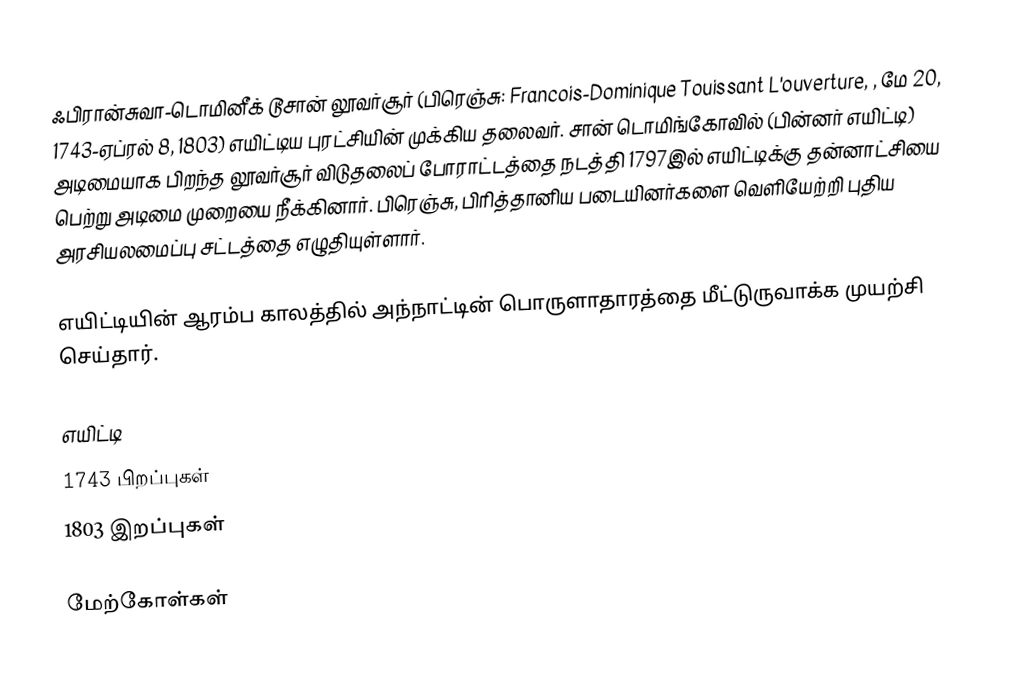
ஃபிரான்சுவா-டொமினீக் டூசான் லூவர்சூர் (பிரெஞ்சு: Francois-Dominique Touissant L'ouverture, , மே 20, 1743-ஏப்ரல் 8, 1803) எயிட்டிய புரட்சியின் முக்கிய தலைவர். சான் டொமிங்கோவில் (பின்னர் எயிட்டி) அடிமையாக பிறந்த லூவர்சூர் விடுதலைப் போராட்டத்தை நடத்தி 1797இல் எயிட்டிக்கு தன்னாட்சியை பெற்று அடிமை முறையை நீக்கினார். பிரெஞ்சு, பிரித்தானிய படையினர்களை வெளியேற்றி புதிய அரசியலமைப்பு சட்டத்தை எழுதியுள்ளார்.

எயிட்டியின் ஆரம்ப காலத்தில் அந்நாட்டின் பொருளாதாரத்தை மீட்டுருவாக்க முயற்சி செய்தார்.

எயிட்டி
1743 பிறப்புகள்
1803 இறப்புகள்

மேற்கோள்கள்